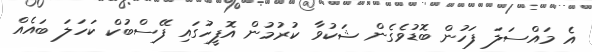
އެ މައްސަލަ ފަހުން ބޮޑުވެގެން ޝަކުވާ ކުރުމުން އޮފީހުގައި ފޭސްބުކް ކަހަލަ ބައެއް